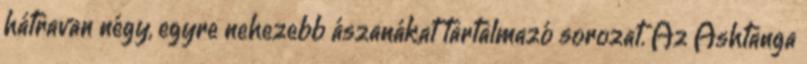
hátravan négy, egyre nehezebb ászanákat tartalmazó sorozat. Az Ashtanga